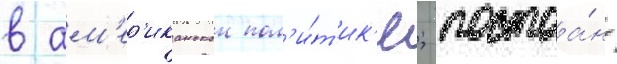
в ам'ер'иканскои пол'и́т'ик'е; постоа́нство